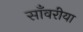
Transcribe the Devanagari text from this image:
साँवरीया